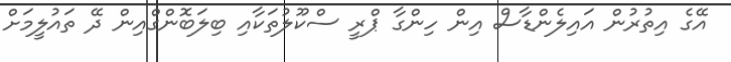
އޭގެ އިތުރުން އައިލެންޑާސް އިން ހިންގާ ޕްރީ ސްކޫލުތަކާއި ބިލަބޮންގްއިން ދޭ ތައުލީމަށް